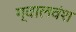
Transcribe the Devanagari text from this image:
ग्वालवंश